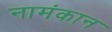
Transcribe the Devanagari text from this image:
नामंकान